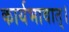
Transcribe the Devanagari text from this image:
कार्यभावात्।